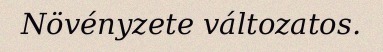
Növényzete változatos.